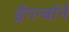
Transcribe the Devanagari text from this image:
ड्रॅगन्बॉर्न